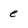
Character: e